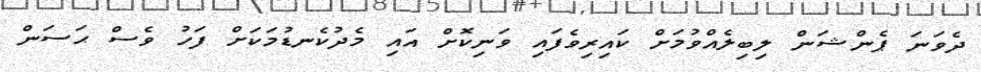
ދެވަނަ ޕެންޝަން ލިބިލެއްވުމަށް ކައިރިވެފައި ވަނިކޮށް އައި މެދުކެނޑުމަކަށް ފަހު ވެސް ޙަސަން